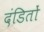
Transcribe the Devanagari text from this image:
दंडितों